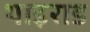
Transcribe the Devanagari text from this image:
थाइराड